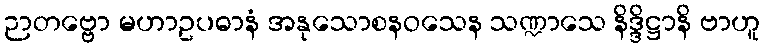
ဉာတဗ္ဗော မဟာဥပဓာနံ အနုသောစနဝသေန သဏ္ဍာသေ နိဒ္ဒိဋ္ဌာနိ ဗာဟူ